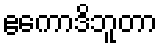
ဧကောဒိဘူတာ